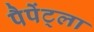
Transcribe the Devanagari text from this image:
पैपेंट्ला